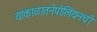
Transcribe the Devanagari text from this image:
याकाळातनेपोलियनची